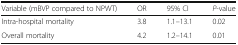
| Variable (mBVP compared to NPWT) | OR | 95% CI | P-value |
 | --- | --- | --- | --- |
 | Intra-hospital mortality | 3.8 | 1.1–13.1 | 0.02 |
 | Overall mortality | 4.2 | 1.2–14.1 | 0.01 |